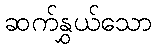
ဆက်နွှယ်သော